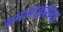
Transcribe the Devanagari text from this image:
अनलाइसेंसड